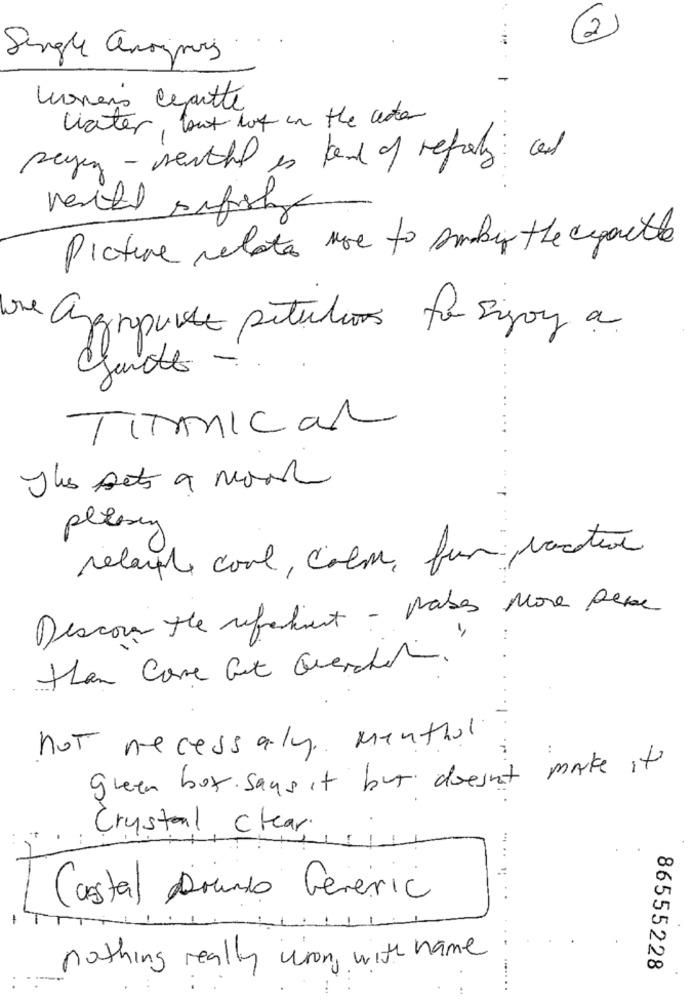
2
Single anonymous
Loveis cette
water, but lot in the cute
peyen - renthat is kand of repety and
Picture relate move to smoking the cappelle
lone anginouvele petitions to Enjoy a
TirMICar
Thus sets a moon
plexy
relayph cool, color, fun vacature
Discover the referment - pases More pere
than Core but Guerchitin.
not necessary Menthol
green box says it but doesn't make it
Crystal Clear
Castal Drindo Generic
. .
nothing really wrong with name
86555228